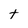
Character: t